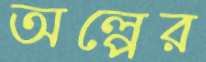
অল্পের